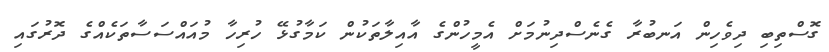
ގޮސްތިބި ދިވެހިން އަނބުރާ ގެނެސްދިނުމަށް އެމީހުންގެ އާއިލާތަކުން ކަމާގުޅޭ ހުރިހާ މުއައްސަސާތަކެއްގެ ދޮރުގައި